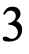
3